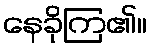
နေခိုကြ၏။